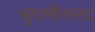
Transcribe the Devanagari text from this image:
भूगामीनारद